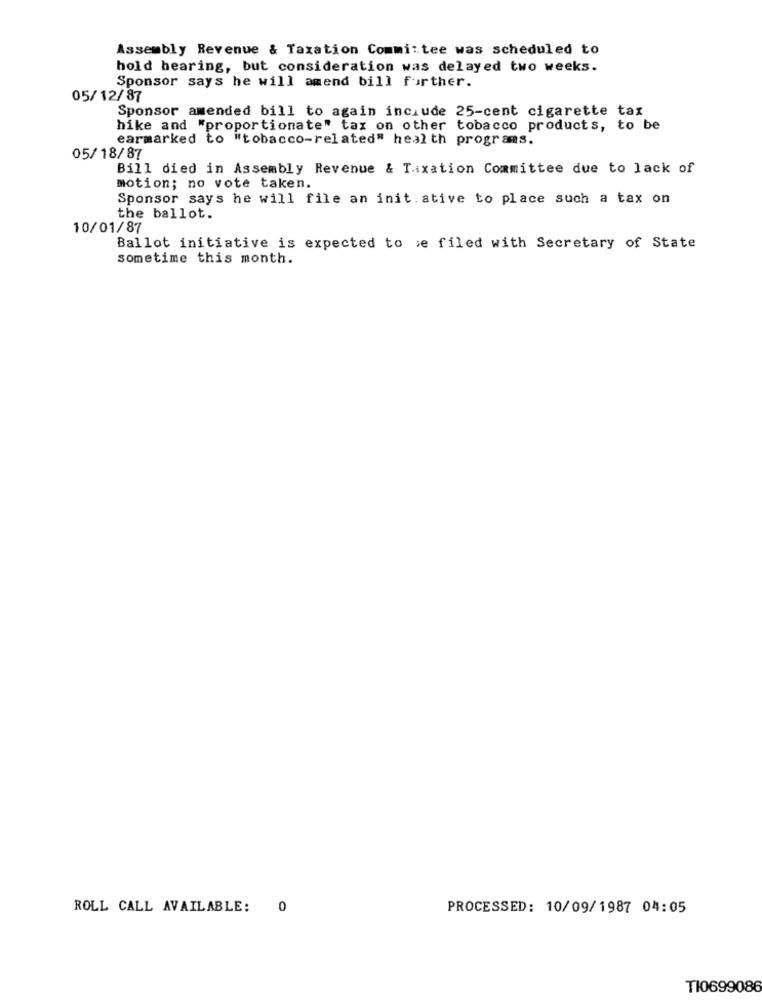
Assembly Revenue & Taxation Committee was scheduled to
hold hearing, but consideration was delayed two weeks.
Sponsor says he will amend bill further.
05/12/87
Sponsor amended bill to again inciude 25-cent cigarette tax
hike and "proportionate" tax on other tobacco products, to be
earmarked to "tobacco-related" health programs.
05/18/87
Bill died in Assembly Revenue & Tixation Committee due to lack of
motion; no vote taken.
Sponsor says he will file an init ative to place such a tax on
the ballot.
10/01/87
Ballot initiative is expected to se filed with Secretary of State
sometime this month.
ROLL CALL AVAILABLE:
0
PROCESSED: 10/09/1987 04:05
TI0699086